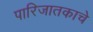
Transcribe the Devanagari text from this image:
पारिजातकाचे